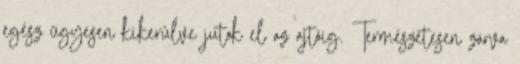
egész ügyesen kikerülve jutok el az ajtóig. Természetesen zárva